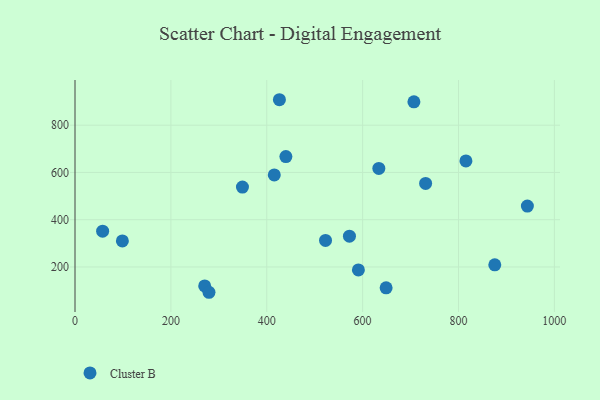
{"axis": {"x": "Investment", "y": "Rating"}, "legend": ["Cluster B"], "data": [{"x": "415.7", "y": 589.7, "type": "Cluster B"}, {"x": "707.0", "y": 899.1, "type": "Cluster B"}, {"x": "633.8", "y": 617.1, "type": "Cluster B"}, {"x": "591.2", "y": 187.5, "type": "Cluster B"}, {"x": "731.4", "y": 553.6, "type": "Cluster B"}, {"x": "349.3", "y": 538.0, "type": "Cluster B"}, {"x": "426.4", "y": 907.8, "type": "Cluster B"}, {"x": "270.5", "y": 119.9, "type": "Cluster B"}, {"x": "57.6", "y": 351.4, "type": "Cluster B"}, {"x": "279.5", "y": 92.9, "type": "Cluster B"}, {"x": "98.8", "y": 310.1, "type": "Cluster B"}, {"x": "522.6", "y": 312.4, "type": "Cluster B"}, {"x": "943.7", "y": 457.9, "type": "Cluster B"}, {"x": "875.7", "y": 209.1, "type": "Cluster B"}, {"x": "649.0", "y": 111.7, "type": "Cluster B"}, {"x": "815.5", "y": 648.6, "type": "Cluster B"}, {"x": "439.9", "y": 667.1, "type": "Cluster B"}, {"x": "572.5", "y": 330.5, "type": "Cluster B"}]}